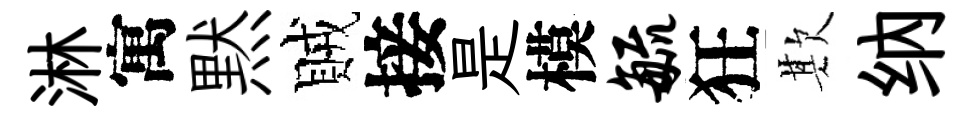
淋寓黙賊接是模毓狂欺纳